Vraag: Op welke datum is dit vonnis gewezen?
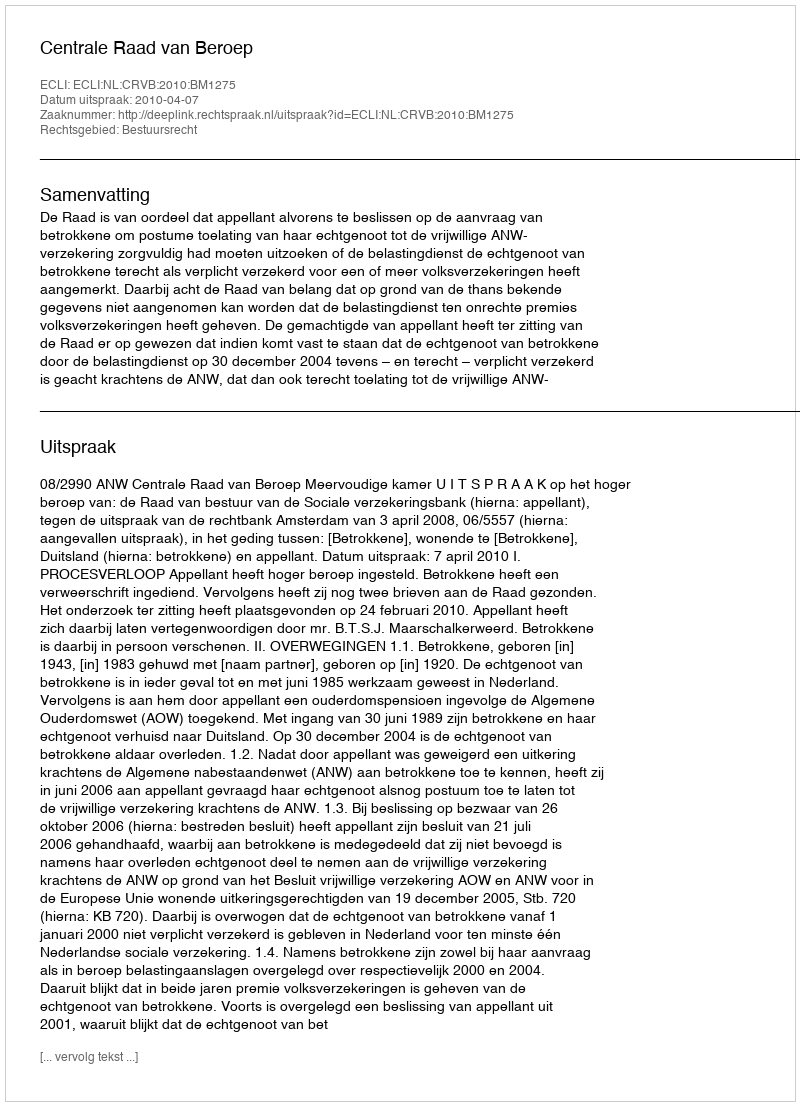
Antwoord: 2010-04-07